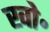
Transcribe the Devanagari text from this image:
खो॰